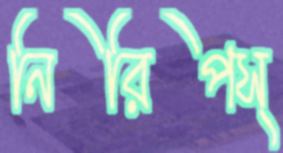
নিরিপস্